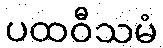
ပထဝီသမံ